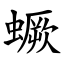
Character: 蟩